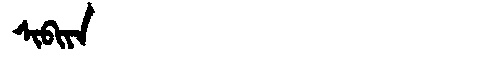
Manchu: ᠰᡳᠪᡳᠶᠠ
Romanization: SIBIYA